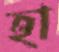
হা